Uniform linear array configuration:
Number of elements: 12
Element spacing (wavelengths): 1
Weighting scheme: exponential
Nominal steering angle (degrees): -45
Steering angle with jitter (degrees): -43.291
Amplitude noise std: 0.05
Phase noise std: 0.05

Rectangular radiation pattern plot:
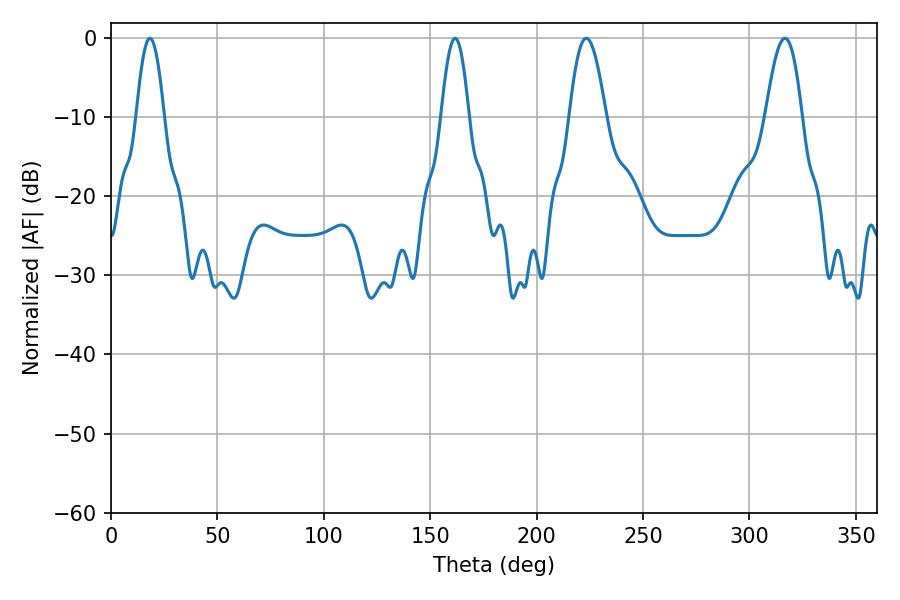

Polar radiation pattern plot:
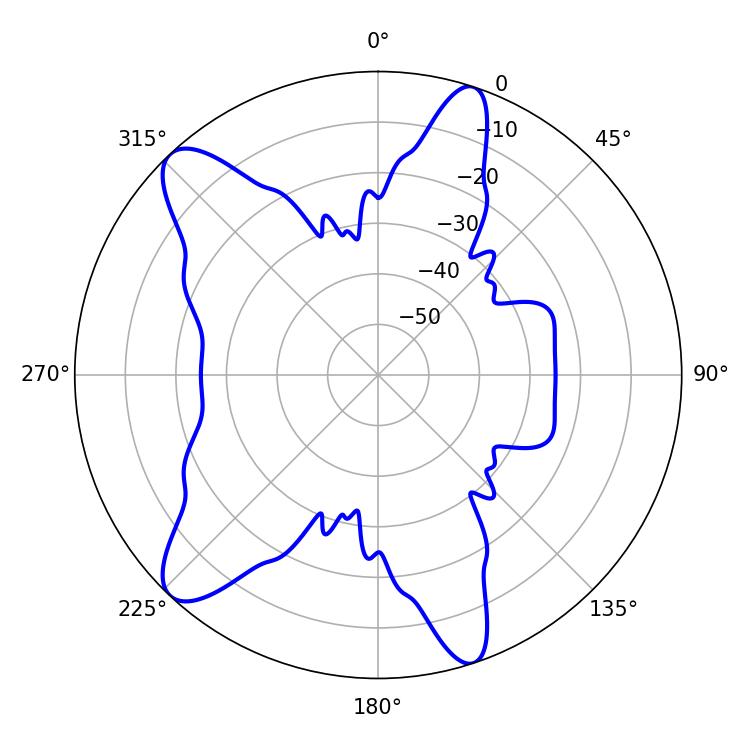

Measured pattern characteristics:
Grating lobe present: TRUE
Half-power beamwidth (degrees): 9.36
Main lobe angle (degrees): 316.62